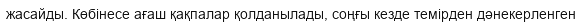
жасайды. Көбінесе ағаш қақпалар қолданылады, соңғы кезде темірден дәнекерленген